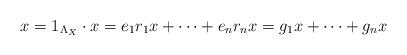
LaTeX: \begin{align*}x = 1_{\Lambda_{X}} \cdot x= e_{1}r_{1} x + \cdots + e_{n}r_{n} x= g_{1} x + \cdots + g_{n} x\end{align*}